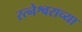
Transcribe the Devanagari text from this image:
रत्नेश्वराच्या